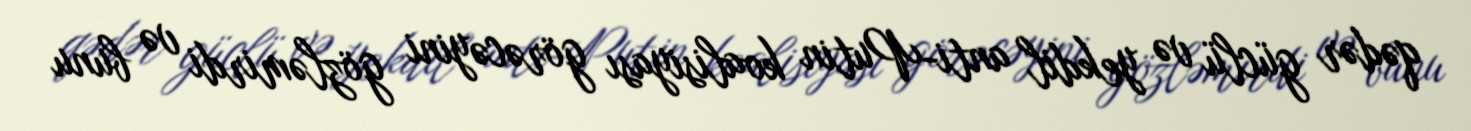
qədər güclü və yekdil anti-Putin koalisiyası görəcəyini gözləmirdi və bunu